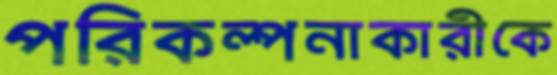
পরিকল্পনাকারীকে